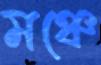
মঞ্চে